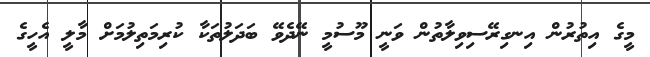
މީގެ އިތުރުން އިނގިރޭސިވިލާތުން ވަނީ މޫސުމީ ނޭދެވޭ ބަދަލުތަކާ ކުރިމަތިލުމަށް މާލީ އެހީގެ